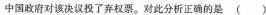
中国政府对该决议投了弃权票。对此分析正确的是()